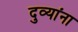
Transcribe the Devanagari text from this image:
दुव्यांना